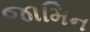
જામિન